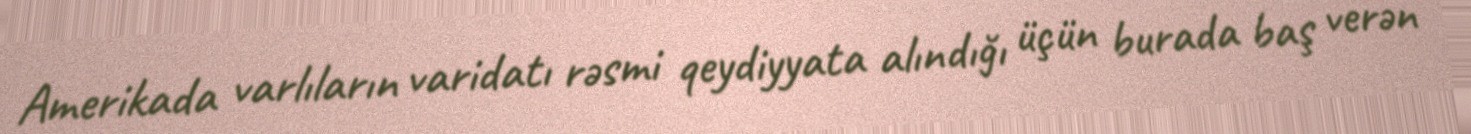
Amerikada varlıların varidatı rəsmi qeydiyyata alındığı üçün burada baş verən